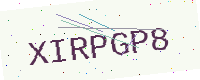
Text: XIRPGP8